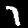
Label: 7